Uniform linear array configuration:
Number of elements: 8
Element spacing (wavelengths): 0.75
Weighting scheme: binomial
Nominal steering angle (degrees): -30
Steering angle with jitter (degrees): -31.645
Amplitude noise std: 0.05
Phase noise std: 0.05

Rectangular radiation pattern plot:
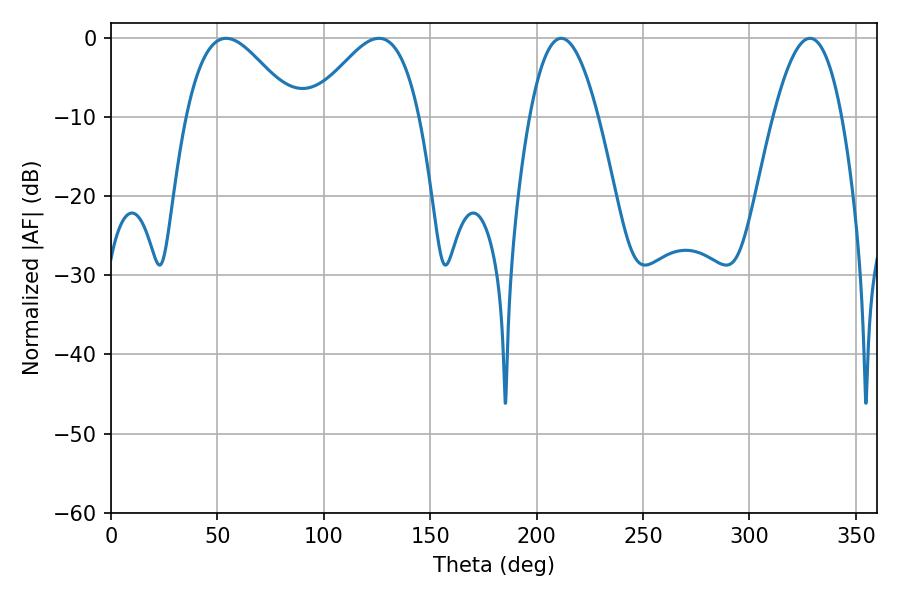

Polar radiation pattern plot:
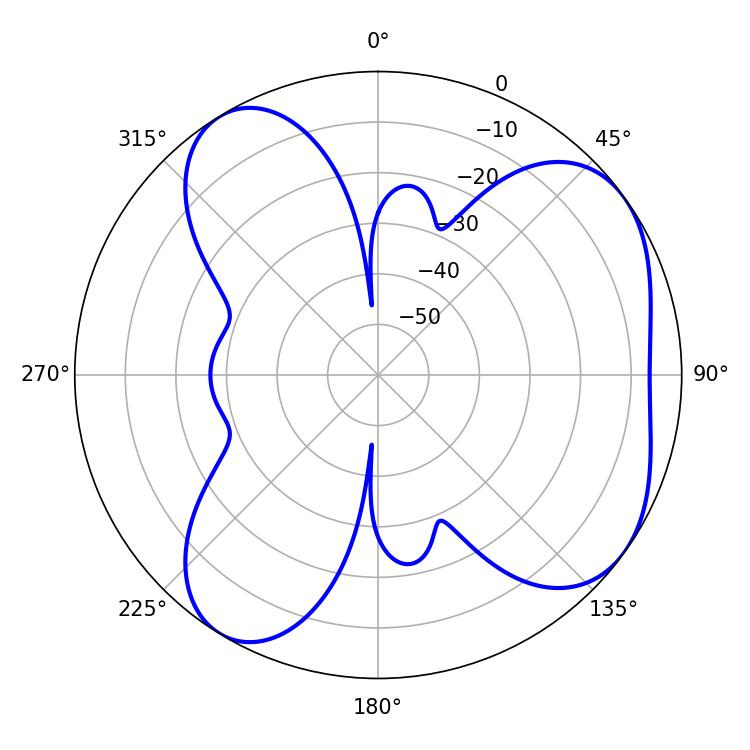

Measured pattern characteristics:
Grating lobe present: TRUE
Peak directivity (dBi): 5.657
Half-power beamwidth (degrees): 17.46
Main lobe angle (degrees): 211.5